Lunatic asylums Punjab 1881-1894 - 1881-1894
Year: 1881
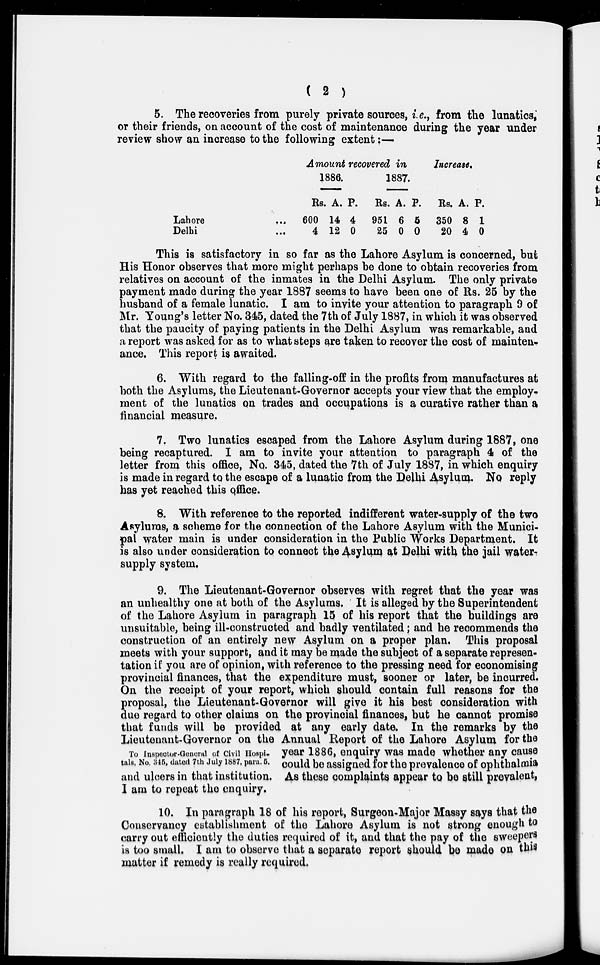
( 2 )
5. The recoveries from purely private sources, i.e., from the lunatics,
or their friends, on account of the cost of maintenance during the year under
review show an increase to the following extent: —
Lahore
...
Delhi ...
Amount recovered in
1886.
Rs.
600
4
A.
14
12
P.
4
0
1887.
Rs.
951
25
A.
6
0
P.
5
0
Increase.
Rs.
350
20
A.
8
4
P.
1
0
This is satisfactory in so far as the Lahore Asylum is concerned, but
His Honor observes that more might perhaps be done to obtain recoveries from
relatives on account of the inmates in the Delhi Asylum. The only private
payment made during the year 1887 seems to have been one of Rs. 25 by the
husband of a female lunatic. I am to invite your attention to paragraph 9 of
Mr. Young's letter No. 345, dated the 7th of July 1887, in which it was observed
that the paucity of paying patients in the Delhi Asylum was remarkable, and
a report was asked for as to what steps are taken to recover the cost of mainten-
ance. This report is awaited.
6. With regard to the falling-off in the profits from manufactures at
both the Asylums, the Lieutenant-Governor accepts your view that the employ-
ment of the lunatics on trades and occupations is a curative rather than a
financial measure.
7. Two lunatics escaped from the Lahore Asylum during 1887, one
being recaptured. I am to invite your attention to paragraph 4 of the
letter from this office, No. 345, dated the 7th of July 1887, in which enquiry
is made in regard to the escape of a lunatic from the Delhi Asylum. No reply
has yet reached this office.
8. With reference to the reported indifferent water-supply of the two
Asylums , a scheme for the connection of the Lahore Asylum with the Munici-
pal water main is under consideration in the Public Works Department. It
is also under consideration to connect the Asylum at Delhi with the jail water-
supply system.
To Inspector-General of Civil Hospi-
tals, No. 345, dated 7th July 1887, para. 5.
9. The Lieutenant-Governor observes with regret that the year was
an unhealthy one at both of the Asylums. It is alleged by the Superintendent
of the Lahore Asylum in paragraph 15 of his report that the buildings are
unsuitable, being ill-constructed and badly ventilated ; and he recommends the
construction of an entirely new Asylum on a proper plan. This proposal
meets with your support, and it may be made the subject of a separate represen-
tation if you are of opinion, with reference to the pressing need for economising
provincial finances, that the expenditure must, sooner or later, be incurred.
On the receipt of your report, which should contain full reasons for the
proposal, the Lieutenant-Governor will give it his best consideration with
due regard to other claims on the provincial finances , but he cannot promise
that funds will be provided at any early date. In the remarks by the
Lieutenant-Governor on the Annual Report of the Lahore Asylum for the
year 1886, enquiry was made whether any cause
could
be
assigned for the prevalence of ophthalmia
and ulcers in that institution. As these complaints appear to be still prevalent,
I am to repeat the enquiry.
10. In paragraph 18 of his report, Surgeon-Major Massy says that the
Conservancy establishment of the Lahore Asylum is not strong enough to
carry out efficiently the duties required of it, and that the pay of the sweepers
is too small. I am to observe that a separate report should be made on this
matter if remedy is really required.